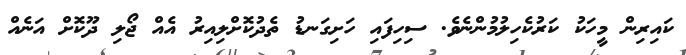
ކައިރިން މީހަކު ކަރުކެހިލުމުންނެވެ. ސިހިފައި ހަށިގަނޑު ތެދުކޮށްލިއިރު އެއް ޖޯލި ދޫކޮށް އަނެއް